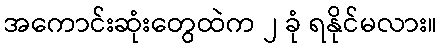
အကောင်းဆုံးတွေထဲက ၂ ခုံ ရနိုင်မလား။